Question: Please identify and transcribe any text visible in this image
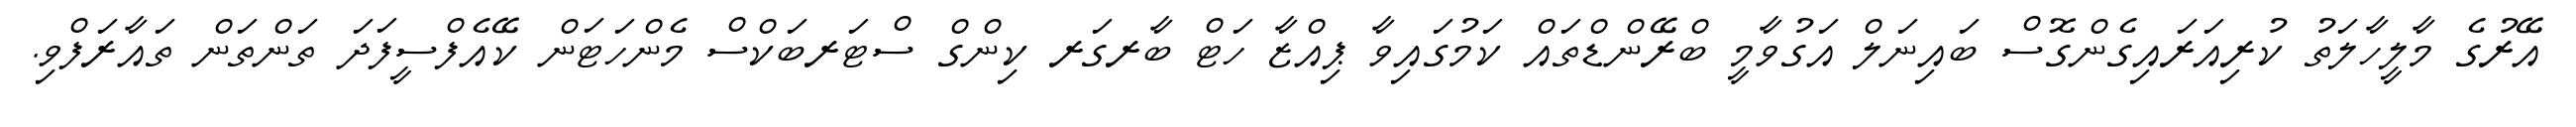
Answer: އޭރުގެ މާލީހާލަތު ކުރިއަރައިގެންގޮސް ބައިނަލް އަގުވާމީ ބްރޭންޑްތައް ކަމުގައިވާ ޕިއްޒާ ހަޓް ބާރގަރ ކިންގް ސްޓަރބަކްސް މެންހަޓަން ކޭއެފްސީފަދަ ތަންތަން ތައާރަފްވި.